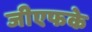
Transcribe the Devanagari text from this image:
जीएफके